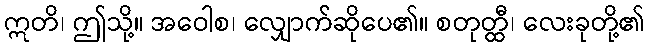
ဣတိ၊ ဤသို့။ အဝေါစ၊ လျှောက်ဆိုပေ၏။ စတုတ္ထီ၊ လေးခုတို့၏